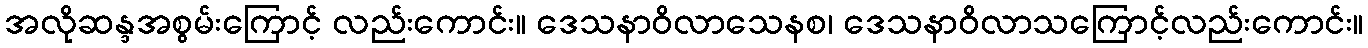
အလိုဆန္ဒအစွမ်းကြောင့် လည်းကောင်း။ ဒေသနာဝိလာသေနစ၊ ဒေသနာဝိလာသကြောင့်လည်းကောင်း။